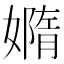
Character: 嫷